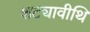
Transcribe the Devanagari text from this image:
शट्यावीथि